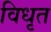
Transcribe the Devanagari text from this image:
विधृत